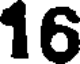
16